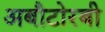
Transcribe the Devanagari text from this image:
अबौटोरबी